Lunatic asylums Punjab 1881-1894 - 1881-1894
Year: 1881
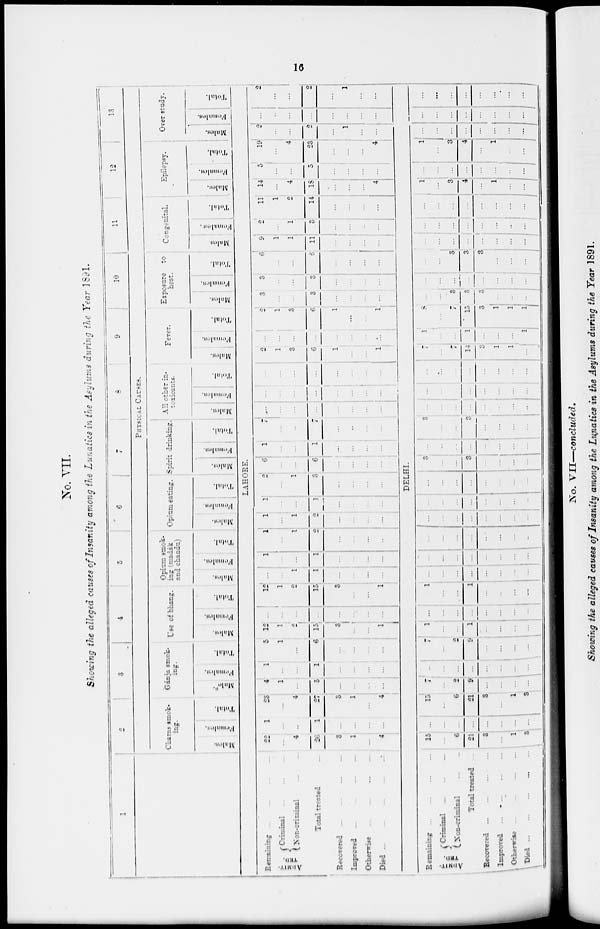
16
No. VII.
Showing the alleged causes of Insanity among the Lunatics in the Asylums during the Year 1891.
1
2
3
4
5
6
7
8
9
10
11
12
13
PHYSICAL CAUSES.
Charas smok-
ing.
Males.
Females.
Total.
Gánja smok-
ing.
MaIes.
Females.
Total.
Use of bhang.
MaIes.
Females.
Total.
Opium smok-
ing (madák
and chandu)
Males.
Females.
Total.
Opium eating.
MaIes.
Females.
Total.
Spirit drinking.
MaIes.
Females.
Total.
All other in-
toxicants.
Males.
Females.
Total.
Fever.
Males.
Females.
Total.
Exposure t o
heat.
MaIes.
Females.
Total.
Congenital.
Males.
Females.
Total.
Epilepsy.
Males.
Females.
Total.
Over study.
Males.
Females.
Total.
LAHORE.
Remaining ... ... ... ...
ADMIT-
TED.
Criminal ... ... ...
Non-criminal ... ...
Total treated ...
Recovered ... ... ... ...
Improved ... ... ... ...
Otherwise ... ... ... ...
Died ... ... ... ... ...
22
...
4
26
3
1
...
4
1
...
...
1
...
...
...
...
23
...
4
27
3
1
...
4
4
1
...
5
...
...
...
...
1
...
...
1
...
...
...
...
5
1
...
6
...
...
...
...
12
1
2
15
3
...
...
1
...
...
...
...
...
...
...
...
12
1
2
15
3
...
...
1
...
...
1
1
...
...
...
...
12
...
...
1
...
...
...
...
...
...
1
2
...
...
...
...
1
...
1
2
...
...
...
...
1
...
...
1
...
...
...
...
2
...
1
3
...
...
...
...
6
...
...
6
...
...
...
...
1
...
...
1
...
...
...
...
7
...
...
7
...
...
...
...
...
...
...
...
...
...
...
...
...
...
...
...
...
...
...
...
...
...
...
...
...
...
...
...
2
1
3
6
1
...
...
1
...
...
...
...
...
...
...
...
2
1
3
6
1
...
...
1
3
...
...
3
...
...
...
...
3
...
...
3
...
...
...
...
6
...
...
6
...
...
...
...
9
1
1
11
...
...
...
...
2
...
1
3
...
...
...
...
11
1
2
14
...
...
...
...
14
...
4
18
...
...
...
4
5
...
...
5
...
...
...
...
19
...
4
23
...
...
...
4
2
...
...
2
...
1
...
...
...
...
...
...
...
...
...
...
2
...
...
2
...
1
...
...
DELHI.
Remaining ... ... ... ...
ADMIT-
TED.
Criminal ... ...
...
Non-criminal
...
...
Total treated ...
Recovered ... ... ... ...
Improved ... ... ... ...
Otherwise ... ... ... ...
Died ... ... ... ... ...
15
...
6
21
3
...
1
3
...
...
...
...
...
...
...
...
15
...
6
21
3
...
1
3
7
...
2
9
...
...
...
...
...
...
...
...
...
...
...
...
7
...
2
9
...
...
...
...
1
...
...
1
...
...
...
...
...
...
...
...
...
...
...
...
1
...
...
1
...
...
...
...
...
...
...
...
...
...
...
...
...
...
...
...
...
...
...
...
...
...
...
...
...
...
...
...
...
...
...
...
...
...
...
...
...
...
...
...
...
...
...
...
...
...
...
...
...
...
...
...
3
...
...
3
...
...
...
...
...
...
...
...
...
...
...
...
3
...
...
3
...
...
...
...
...
...
...
...
...
...
...
...
...
...
...
...
...
...
...
...
...
...
...
...
...
...
...
...
7
...
7
14
3
1
1
...
1
...
...
1
...
...
...
1
8
...
7
15
3
1
1
1
...
...
3
3
3
...
...
...
...
...
...
...
...
...
...
...
...
...
3
3
3
...
...
...
...
...
...
...
...
...
...
...
...
...
...
...
...
...
...
...
...
...
...
...
...
...
...
...
1
...
3 4
...
1
...
...
...
...
...
...
...
...
...
...
1
...
3
4
...
1
...
...
...
...
...
...
...
...
...
...
...
...
...
...
...
...
...
...
...
...
...
...
...
...
...
...